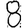
Digit: 8